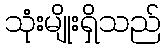
သုံးမျိုးရှိသည်